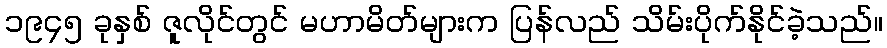
၁၉၄၅ ခုနှစ် ဇူလိုင်တွင် မဟာမိတ်များက ပြန်လည် သိမ်းပိုက်နိုင်ခဲ့သည်။